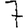
Digit: 7